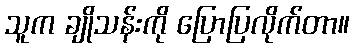
သူက ချိုသန်းကို ပြောပြလိုက်တာ။